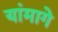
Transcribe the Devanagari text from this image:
यांमागे